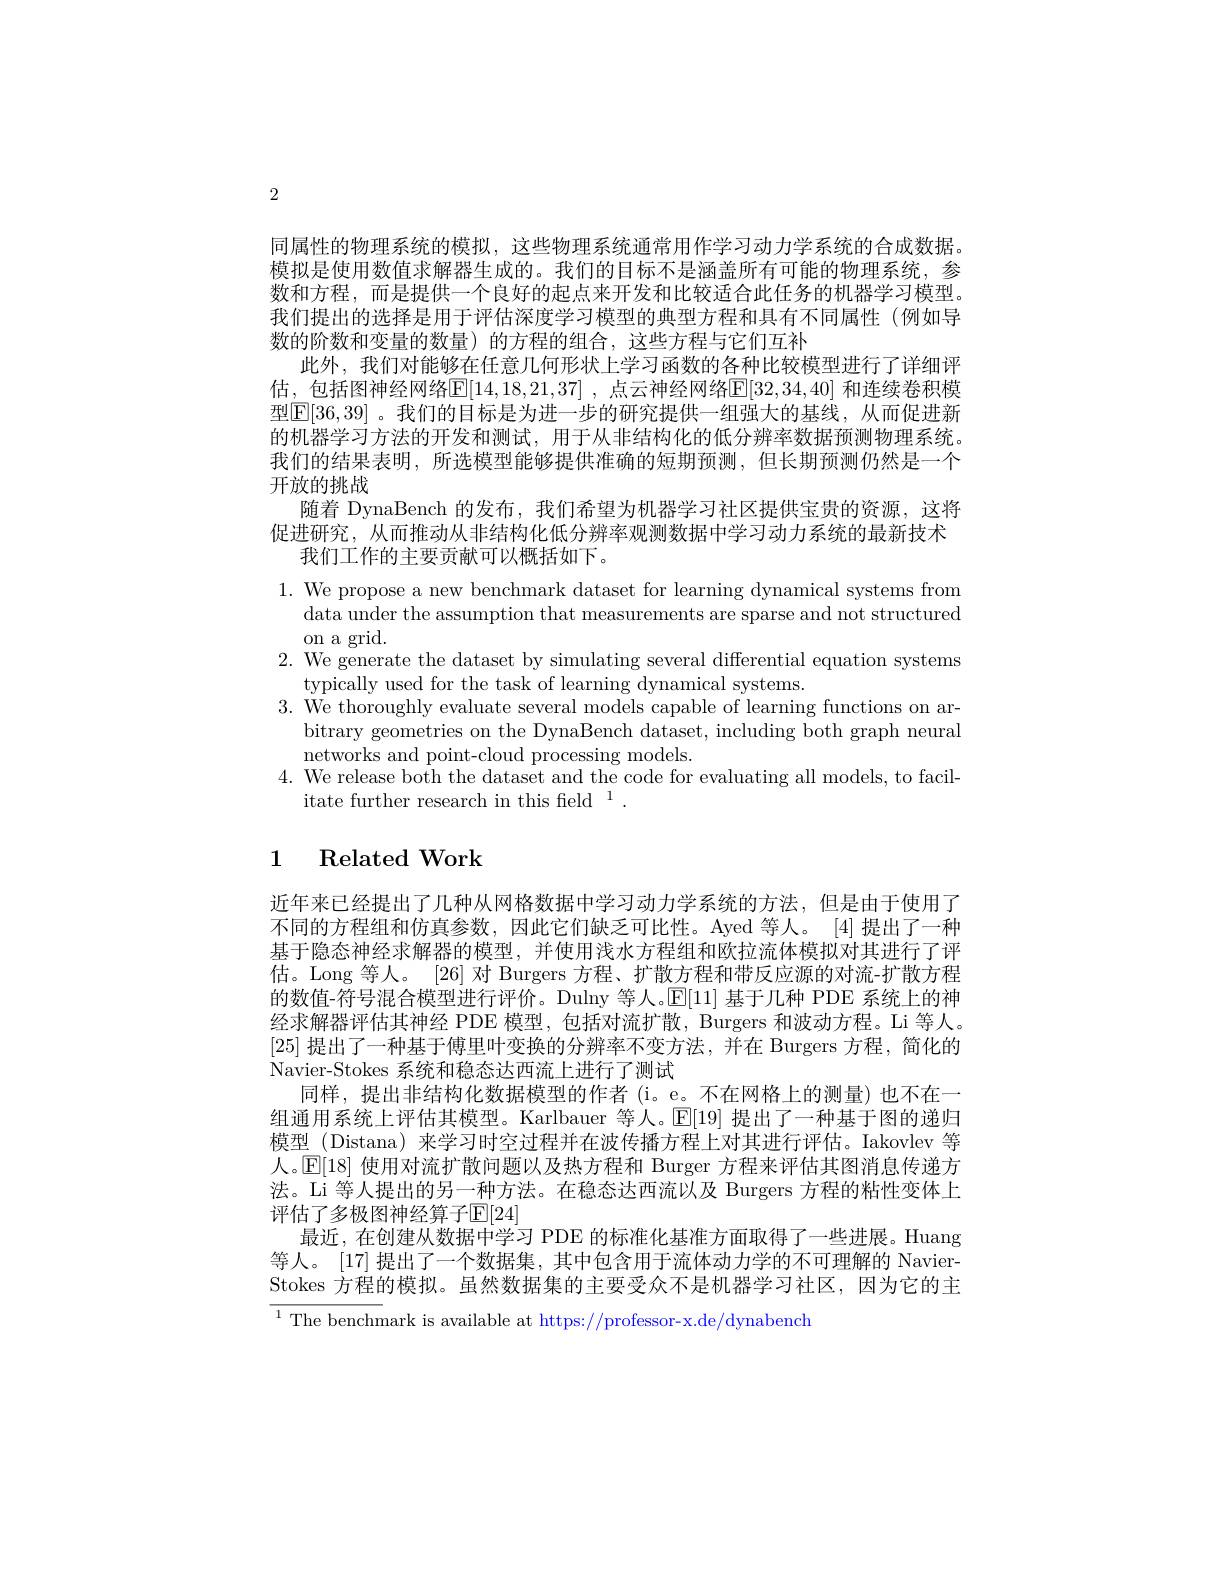
2

同属性的物理系统的模拟，这些物理系统通常用作学习动力学系统的合成数据。模拟是使用数值求解器生成的。我们的目标不是涵盖所有可能的物理系统，参数和方程，而是提供一个良好的起点来开发和比较适合此任务的机器学习模型。我们提出的选择是用于评估深度学习模型的典型方程和具有不同属性(例如导数的阶数和变量的数量)的方程的组合，这些方程与它们互补
此外，我们对能够在任意几何形状上学习函数的各种比较模型进行了详细评估，包括图神经网络$\mathbb{E}[14,18,21,37]$ ,点云神经网络$\mathbb{E}[32,34,40]$ 和连续卷积模型[E[36,39]。我们的目标是为进一步的研究提供一组强大的基线，从而促进新的机器学习方法的开发和测试，用于从非结构化的低分辨率数据预测物理系统。我们的结果表明，所选模型能够提供准确的短期预测，但长期预测仍然是一个开放的挑战
随着 DynaBench 的发布，我们希望为机器学习社区提供宝贵的资源，这将促进研究，从而推动从非结构化低分辨率观测数据中学习动力系统的最新技术
我们工作的主要贡献可以概括如下。
1. We propose a new benchmark dataset for learning dynamical systems from
data under the assumption that measurements are sparse and not structured
on a grid.
2. We generate the dataset by simulating several differential equation systems
typically used for the task of learning dynamical systems.
3. We thoroughly evaluate several models capable of learning functions on ar-
bitrary geometries on the DynaBench dataset, including both graph neural
networks and point-cloud processing models.
4. We release both the dataset and the code for evaluating all models, to facil-
itate further research in this field$^1.$

## 1 Related Work

近年来已经提出了几种从网格数据中学习动力学系统的方法，但是由于使用了不同的方程组和仿真参数，因此它们缺乏可比性。Ayed 等人。[4]提出了一种基于隐态神经求解器的模型，并使用浅水方程组和欧拉流体模拟对其进行了评估。Long 等人。[26]对 Burgers 方程、扩散方程和带反应源的对流-扩散方程的数值-符号混合模型进行评价。Dulny 等人。$\mathbb{E}[11]$基于几种 PDE 系统上的神经求解器评估其神经 PDE 模型，包括对流扩散，Burgers 和波动方程。Li 等人。[25]提出了一种基于傅里叶变换的分辨率不变方法，并在 Burgers 方程，简化的Navier-Stokes 系统和稳态达西流上进行了测试
同样，提出非结构化数据模型的作者(i。e。不在网格上的测量)也不在一组通用系统上评估其模型。Karlbauer 等人。$\mathbb{E}[19]$提出了一种基于图的递归模型 (Distana) 来学习时空过程并在波传播方程上对其进行评估。Iakovlev 等人。$\mathbb{E}[18]$使用对流扩散问题以及热方程和 Burger 方程来评估其图消息传递方法。Li 等人提出的另一种方法。在稳态达西流以及 Burgers 方程的粘性变体上评估了多极图神经算子$\mathbb{E}[24]$
最近，在创建从数据中学习 PDE 的标准化基准方面取得了一些进展。Huang 等人。[17] 提出了一个数据集，其中包含用于流体动力学的不可理解的 NavierStokes 方程的模拟。虽然数据集的主要受众不是机器学习社区，因为它的主$\overline{{^{1}\text{The benchmark is available at https:}//\text{professor-x.de/dynabench}}}$